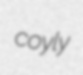
coyly